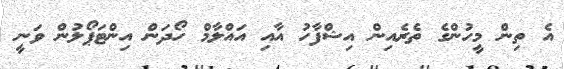
އެ ތިން މީހުންގެ ތެރެއިން އިޝްފާހު އާއި އައްލާމް ހޯދަން އިންޓަޕޯލުން ވަނީ